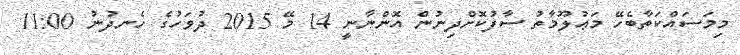
މިމަސައްކަތާބެހޭ މަޢުލޫމާތު ސާފުކޮށްދިނުން އޮންނާނީ 14 މޭ 2015 ދުވަހުގެ ހެނދުނު 11:00